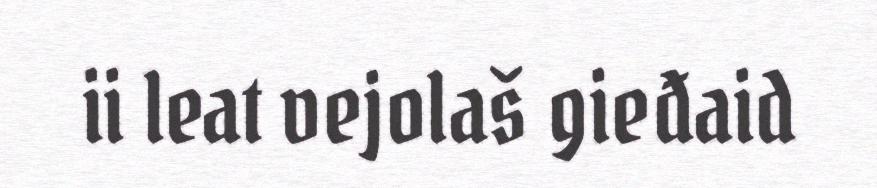
ii leat vejolaš gieđaid